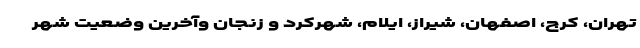
تهران، کرج، اصفهان، شیراز، ایلام، شهرکرد و زنجان وآخرین وضعیت شهر